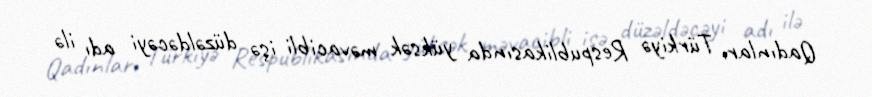
Qadınları Türkiyə Respublikasında yüksək məvacibli işə düzəldəcəyi adı ilə